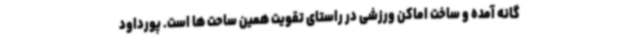
گانه آمده و ساخت اماکن ورزشی در راستای تقویت همین ساحت ها است. پورداود